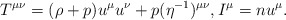
\begin{align*} T^{\mu\nu}=(\rho+p)u^\mu u^\nu+p(\eta^{-1})^{\mu\nu},I^\mu=nu^\mu.\end{align*}